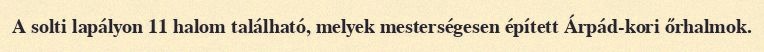
A solti lapályon 11 halom található, melyek mesterségesen épített Árpád-kori őrhalmok.